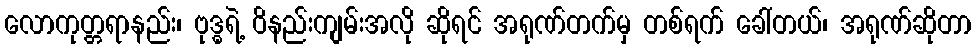
လောကုတ္တရာနည်း၊ ဗုဒ္ဓရဲ့ ဝိနည်းကျမ်းအလို ဆိုရင် အရုဏ်တက်မှ တစ်ရက် ခေါ်တယ်၊ အရုဏ်ဆိုတာ